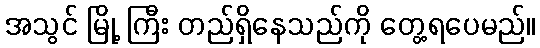
အသွင် မြို့ ကြီး တည်ရှိနေသည်ကို တွေ့ရပေမည်။